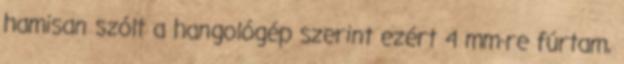
hamisan szólt a hangológép szerint ezért 4 mm-re fúrtam,